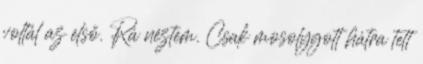
voltál az első. Rá néztem. Csak mosolygott hátra tett